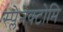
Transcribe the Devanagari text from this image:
स्प्लेनेक्टोमि